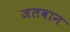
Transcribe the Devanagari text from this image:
जलवान